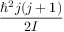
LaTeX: \frac { \hbar ^ { 2 } j ( j + 1 ) } { 2 I }